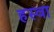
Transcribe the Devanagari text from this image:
हस्वा